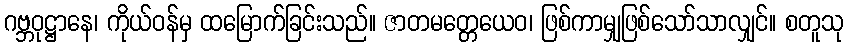
ဂဗ္ဘဝုဋ္ဌာနေ၊ ကိုယ်ဝန်မှ ထမြောက်ခြင်းသည်။ ဇာတမတ္တေယေဝ၊ ဖြစ်ကာမျှဖြစ်သော်သာလျှင်။ စတူသု